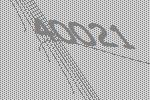
40021